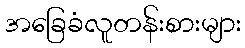
အခြေခံလူတန်းစားများ